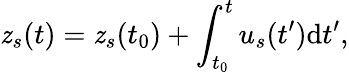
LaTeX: \mathit{z}_{s}(t)=\mathit{z}_{s}(t_{0})+\int_{t_{0}}^{t}u_{s}(t^{\prime})\mathrm{{d}}t^{\prime},